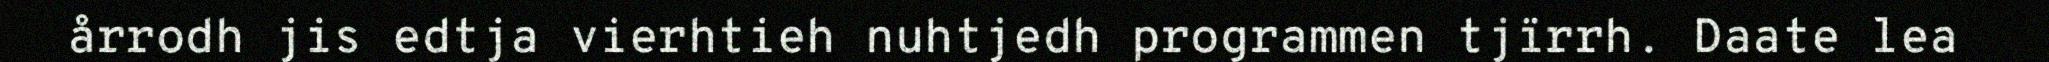
årrodh jis edtja vierhtieh nuhtjedh programmen tjïrrh. Daate lea